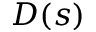
D ( s )